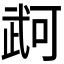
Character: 𭭫